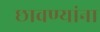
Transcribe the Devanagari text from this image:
छावण्यांना